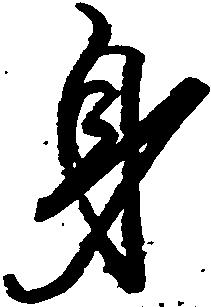
身